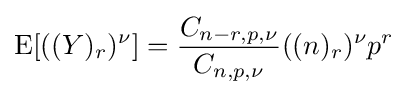
\operatorname {E} [((Y)_{r})^{\nu }]={\frac {C_{n-r,p,\nu }}{C_{n,p,\nu }}}((n)_{r})^{\nu }p^{r}